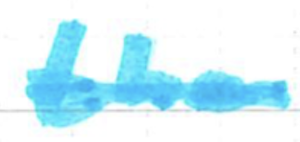
Text: the
Cross-out: mix
Writing tool: marker